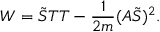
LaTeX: W = \tilde { S } T T - \frac { 1 } { 2 m } ( A \tilde { S } ) ^ { 2 } .